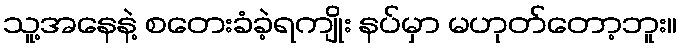
သူ့အနေနဲ့ စတေးခံခဲ့ရကျိုး နပ်မှာ မဟုတ်တော့ဘူး။